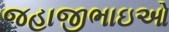
જહાજીભાઇઓ